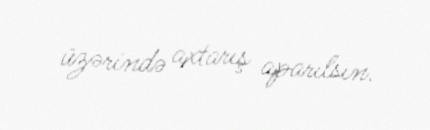
üzərində axtarış aparılsın.